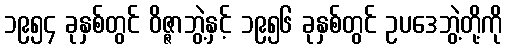
၁၉၅၄ ခုနှစ်တွင် ဝိဇ္ဇာဘွဲ့နှင့် ၁၉၅၆ ခုနှစ်တွင် ဥပဒေဘွဲ့တို့ကို